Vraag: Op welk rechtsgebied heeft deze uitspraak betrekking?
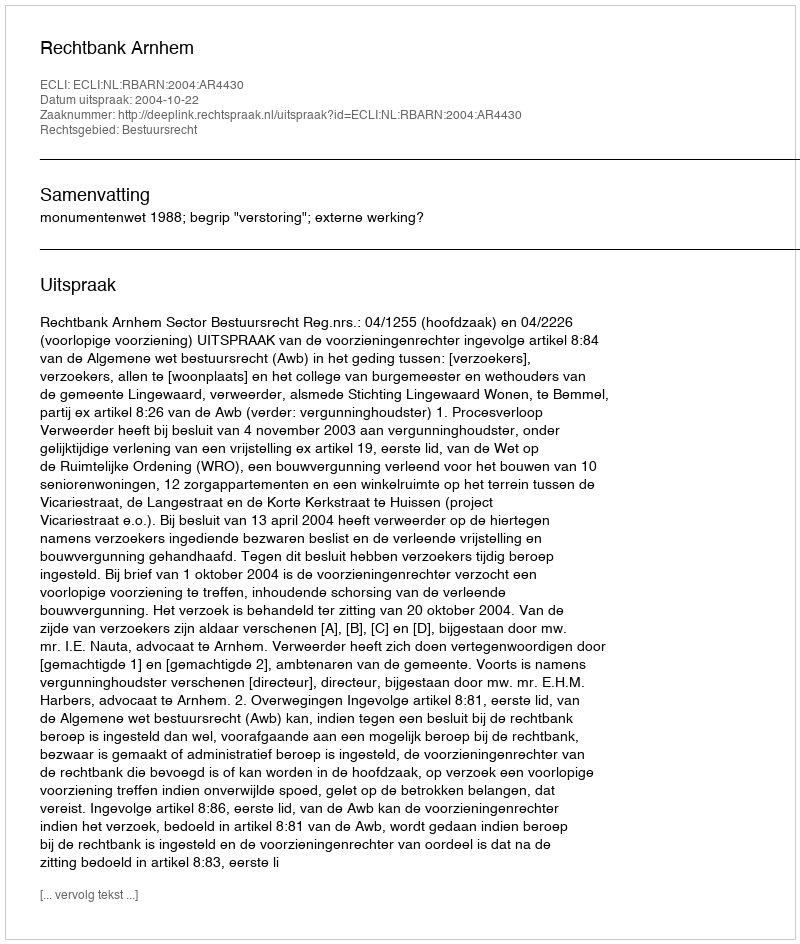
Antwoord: Bestuursrecht